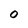
Character: O